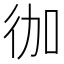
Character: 𭛥